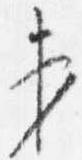
第